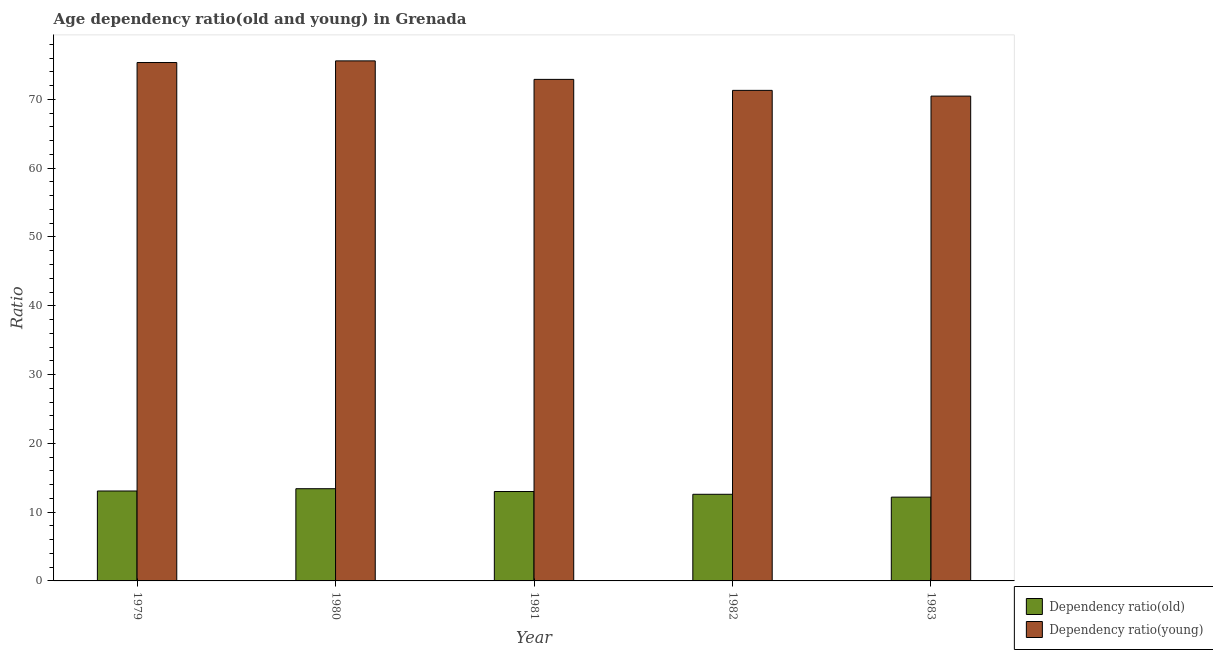
| Year | Dependency ratio(old) | Dependency ratio(young) |
 | --- | --- | --- |
 | 1979 | 13.1 | 75.4 |
 | 1980 | 13.4 | 75.6 |
 | 1981 | 13 | 72.9 |
 | 1982 | 12.6 | 71.3 |
 | 1983 | 12.2 | 70.5 |